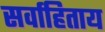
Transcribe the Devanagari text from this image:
सर्वाहिताय